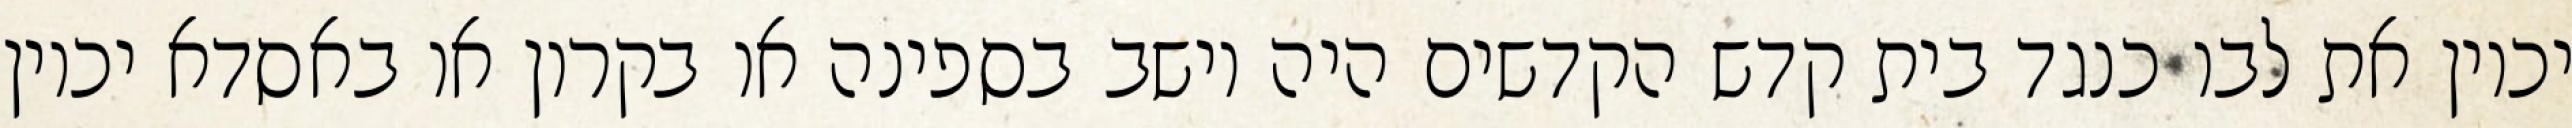
יכוין את לבו כנגד בית קדש הקדשים היה יושב בספינה או בקרון או באסדא יכוין